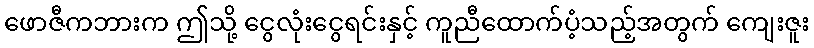
ဖောဇီကဘားက ဤသို့ ငွေလုံးငွေရင်းနှင့် ကူညီထောက်ပံ့သည့်အတွက် ကျေးဇူး